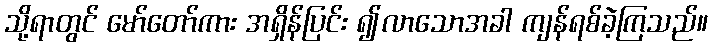
သို့ရာတွင် မော်တော်ကား အရှိန်ပြင်း ၍လာသောအခါ ကျန်ရစ်ခဲ့ကြသည်။